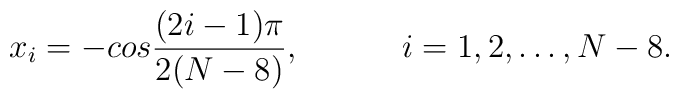
x_i=-cos{(2i-1)\pi \over 2(N-8)},\hspace{.5in} i = 1, 2, \dots, N-8.